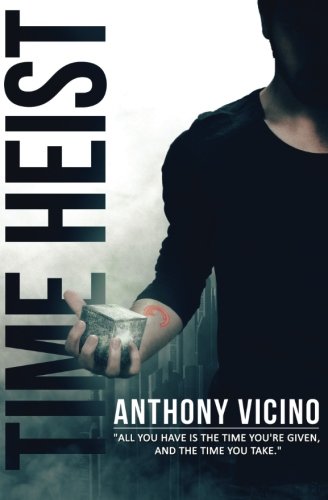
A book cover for Time Heist (Firstborn Saga) (Volume 1); Anthony Vicino; Science Fiction & Fantasy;